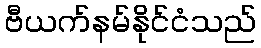
ဗီယက်နမ်နိုင်ငံသည်